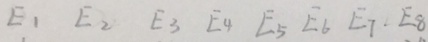
E _ { 1 } E _ { 2 } E _ { 3 } E _ { 4 } E _ { 5 } E _ { 6 } E _ { 7 } . E _ { 8 }